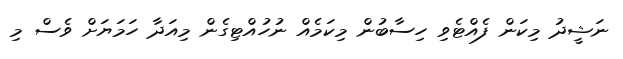
ނަޝީދު މިކަން ފެއްޓެވި ހިސާބުން މިކަމެއް ނުހުއްޓިގެން މިއަދާ ހަމަޔަށް ވެސް މި